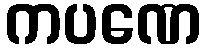
ကပဏေ